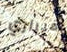
فيراري